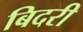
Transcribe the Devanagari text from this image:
बिदरी